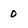
Character: 0